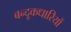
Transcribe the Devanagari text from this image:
बन्दूकधारियों